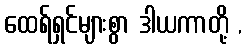
ထေရ်ရှင်များစွာ ဒါယကာတို့ ,